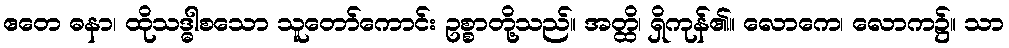
ဧတေ ဓနာ၊ ထိုသဒ္ဓါစသော သူတော်ကောင်း ဥစ္စာတို့သည်။ အတ္ထိ၊ ရှိကုန်၏။ လောကေ၊ လောက၌။ သာ